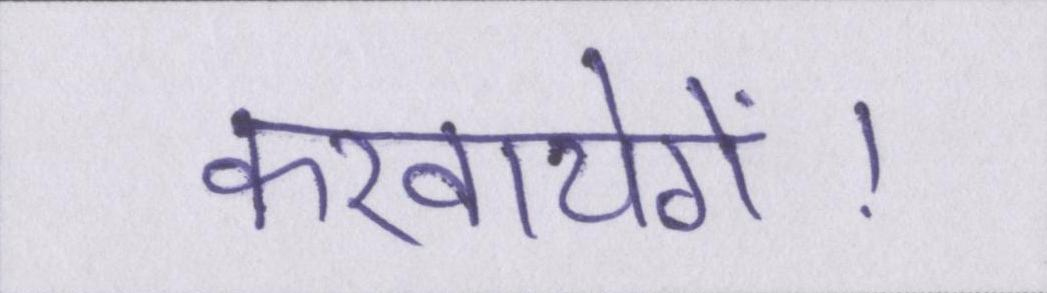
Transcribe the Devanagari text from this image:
करवायेगें।